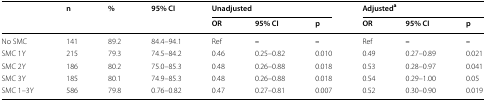
<table><thead><tr><td rowspan="2"></td><td rowspan="2"><b>n</b></td><td rowspan="2"><b>%</b></td><td rowspan="2"><b>95% CI</b></td><td colspan="3"><b>Unadjusted</b></td><td colspan="3"><b>Adjusted<sup>a</sup></b></td></tr><tr><td><b>OR</b></td><td><b>95% CI</b></td><td><b>p</b></td><td><b>OR</b></td><td><b>95% CI</b></td><td><b>p</b></td></tr></thead><tbody><tr><td>No SMC</td><td>141</td><td>89.2</td><td>84.4–94.1</td><td>Ref</td><td><b>–</b></td><td><b>–</b></td><td>Ref</td><td><b>–</b></td><td><b>–</b></td></tr><tr><td>SMC 1Y</td><td>215</td><td>79.3</td><td>74.5–84.2</td><td>0.46</td><td>0.25–0.82</td><td>0.010</td><td>0.49</td><td>0.27–0.89</td><td>0.021</td></tr><tr><td>SMC 2Y</td><td>186</td><td>80.2</td><td>75.0–85.3</td><td>0.48</td><td>0.26–0.88</td><td>0.018</td><td>0.53</td><td>0.28–0.97</td><td>0.041</td></tr><tr><td>SMC 3Y</td><td>185</td><td>80.1</td><td>74.9–85.3</td><td>0.48</td><td>0.26–0.88</td><td>0.018</td><td>0.54</td><td>0.29–1.00</td><td>0.05</td></tr><tr><td>SMC 1–3Y</td><td>586</td><td>79.8</td><td>0.76–0.82</td><td>0.47</td><td>0.27–0.81</td><td>0.007</td><td>0.52</td><td>0.30–0.90</td><td>0.019</td></tr></tbody></table>